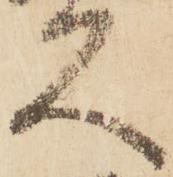
久